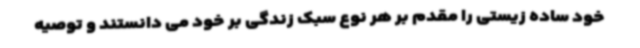
خود ساده زیستی را مقدم بر هر نوع سبک زندگی بر خود می دانستند و توصیه